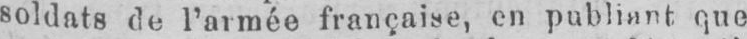
soldats de l’armée française, en publiant que